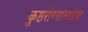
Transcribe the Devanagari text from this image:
कुष्ठरोग्यांसाठीचा